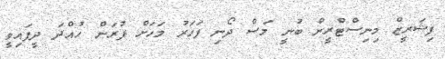
ފިޝަރީޒް މިނިސްޓްރީން ބުނީ މަސް ދޯނި ފަހަރު މަހަށް ފުރަން ހުއްދަ ދީފައިވީ